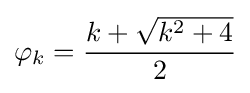
\varphi _{k}={\frac {k+{\sqrt {k^{2}+4}}}{2}}